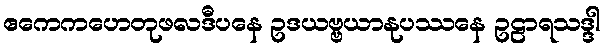
ဧကေကဟေတုဖလဒီပနေ ဥဒယဗ္ဗယာနုပဿနေ ဥဠာရသဒ္ဒါ